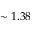
\sim 1 . 3 8